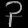
Digit: ၃